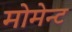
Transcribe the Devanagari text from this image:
मोमेन्ट